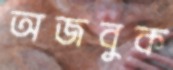
অজবুক